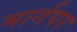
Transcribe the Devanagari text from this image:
मार्गपर